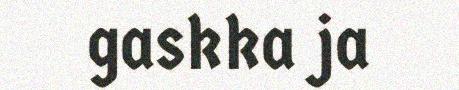
gaskka ja